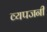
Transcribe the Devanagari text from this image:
व्यपजनी